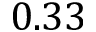
0 . 3 3